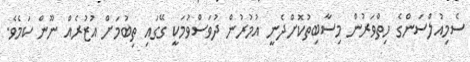
ސެމިއުލްސަންގެ ހިތްވަރުން މިސާބިތުކޮށްދެނީ އުމުރުން ދުވަސްވުމަކީ ގޭގައި ތިބުމަށް އުޒުރެއް ނޫން ކަމެވެ.